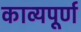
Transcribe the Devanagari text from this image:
काव्यपूर्ण